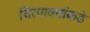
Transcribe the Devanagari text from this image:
चित्पावनांकडे